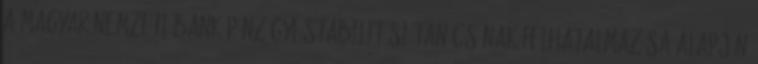
A Magyar Nemzeti Bank Pénzügyi Stabilitási Tanácsának felhatalmazása alapján